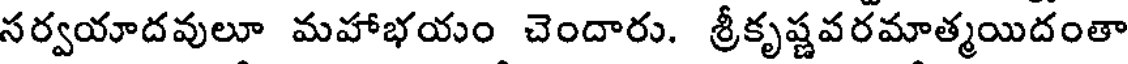
సర్వయాదవులూ మహాభయం చెందారు. శ్రీకృష్ణవరమాత్మయిదంతా